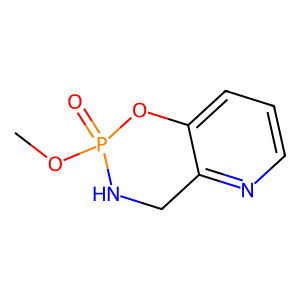
SMILES: COP1(=O)NCc2ncccc2O1
Inhibits HIV replication: No